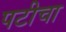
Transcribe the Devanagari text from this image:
पटीचा